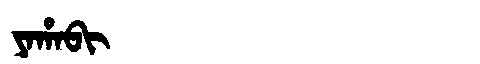
Manchu: ᠶᠠᡥᠠᠪᡳ
Romanization: YAHABI